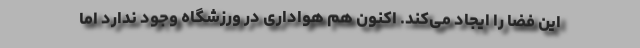
این فضا را ایجاد می‌کند. اکنون هم هواداری در ورزشگاه وجود ندارد اما